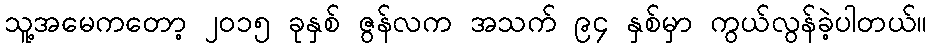
သူ့အမေကတော့ ၂ဝ၁၅ ခုနှစ် ဇွန်လက အသက် ၉၄ နှစ်မှာ ကွယ်လွန်ခဲ့ပါတယ်။